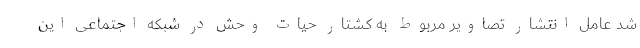
شد عامل انتشار تصاویر مربوط به کشتار حیات وحش در شبکه اجتماعی این